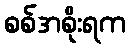
စစ်အစိုးရက